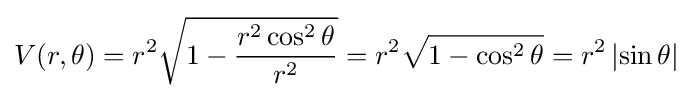
V(r,\theta )=r^{2}{\sqrt {1-{\frac {r^{2}\cos ^{2}\theta }{r^{2}}}}}=r^{2}{\sqrt {1-\cos ^{2}\theta }}=r^{2}\left|\sin \theta \right|